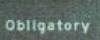
obligatory